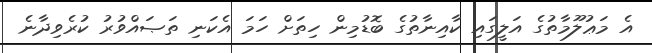
އެ މަޢުލޫމާތުގެ އަލީގައި ކާއިނާތުގެ ބޮޑުމިން ހިތަށް ހަމަ އެކަނި ތަޞައްވުރު ކުރެވިދާނެ